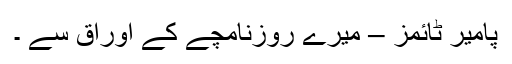
پامیر ٹائمز – میرے روزنامچے کے اوراق سے ۔